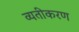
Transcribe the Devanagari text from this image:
व्यतीकरण